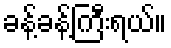
ခန့်ခန့်ကြီးရယ်။